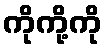
ကိုကို့ကို